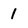
Character: 1